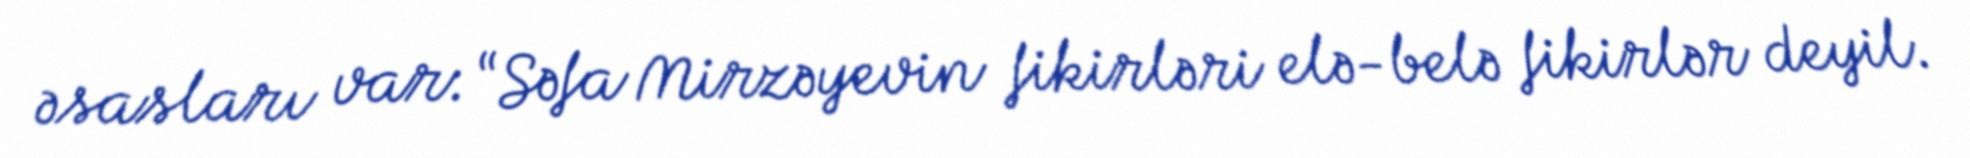
əsasları var: “Səfa Mirzəyevin fikirləri elə-belə fikirlər deyil.